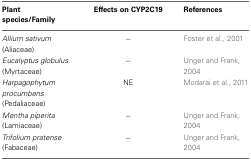
| Plant species/Family | Effects on CYP2C19 | References |
 | --- | --- | --- |
 | Allium sativum (Aliaceae) | − | Foster et al., 2001 |
 | Eucalyptus globulus (Myrtaceae) | − | Unger and Frank, 2004 |
 | Harpagophytum procumbens (Pedaliaceae) | NE | Modarai et al., 2011 |
 | Mentha piperita (Lamiaceae) | − | Unger and Frank, 2004 |
 | Trifolium pratense (Fabaceae) | − | Unger and Frank, 2004 |